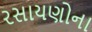
રસાયણોના